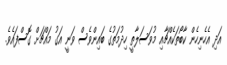
އަދި އެހެނިހެން ކާބޯތަކެއްޗާއި މުވަސަލާތީ ހިދުމަތުގެ ބައިންވެސް ވަނީ އަގު މައްޗަށް ގޮސްފައެވެ.